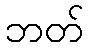
ဘတ်